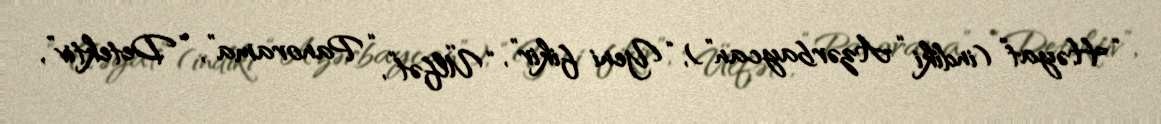
“Həyat” (indiki “Azərbaycan”), “Yeni fikir”, “Ülfət”, “Panorama”, “Detektiv”,